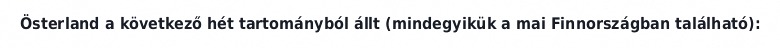
Österland a következő hét tartományból állt (mindegyikük a mai Finnországban található):